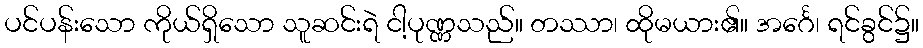
ပင်ပန်းသော ကိုယ်ရှိသော သူဆင်းရဲ ငါ့ပုဏ္ဏသည်။ တဿာ၊ ထိုမယား၏။ အင်္ဂေ၊ ရင်ခွင်၌။